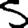
Digit: 5